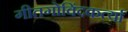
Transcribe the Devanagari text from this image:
गीतगोविंदकर्त्या